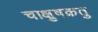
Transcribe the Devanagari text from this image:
चाक्षुषक्रतु